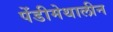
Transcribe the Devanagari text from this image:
पेंडीमेथालीन